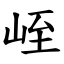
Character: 峌